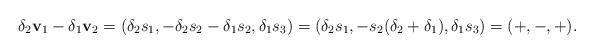
LaTeX: \begin{align*}\delta_2\mathbf v_1-\delta_1\mathbf v_2=( \delta_2s_1,-\delta_2s_2-\delta_1s_2,\delta_1s_3)=(\delta_2s_1,-s_2(\delta_2+\delta_1),\delta_1s_3)=(+,-,+).\end{align*}